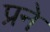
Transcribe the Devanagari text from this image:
प्रने